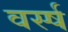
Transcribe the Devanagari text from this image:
वर्स्ष